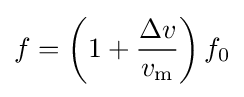
f=\left(1+{\frac {\Delta v}{v_{\text{m}}}}\right)f_{0}